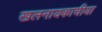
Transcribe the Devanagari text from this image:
खलनायकाचीया